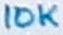
Text: 10K